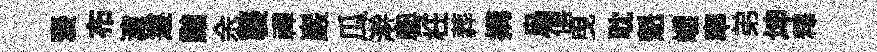
褒布濓遵黜余襲禪巖瓜澣粤枉葬搆烏僖曳耽魁嶸率弟坤釋